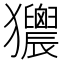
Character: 𤣜